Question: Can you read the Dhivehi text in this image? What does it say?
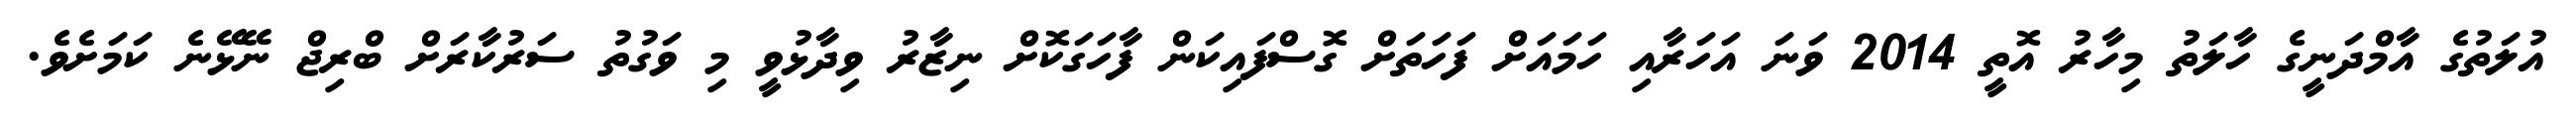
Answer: އުލަތުގެ އާމްދަނީގެ ހާލަތު މިހާރު އޮތީ 2014 ވަނަ އަހަރާއި ހަމައަށް ފަހަތަށް ގޮސްފައިކަން ފާހަގަކޮށް ނިޒާރު ވިދާޅުވީ މި ވަގުތު ސަރުކާރަށް ބްރިޖް ނޭޅޭނެ ކަމަށެވެ.